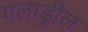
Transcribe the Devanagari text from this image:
गलाड्रील